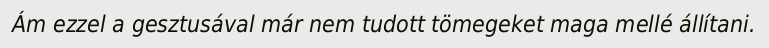
Ám ezzel a gesztusával már nem tudott tömegeket maga mellé állítani.